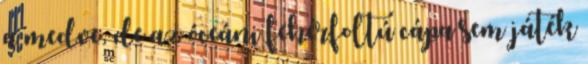
a medve, de az óceáni fehérfoltú cápa sem játék